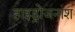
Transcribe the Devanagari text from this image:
हाइड्रोजनांश